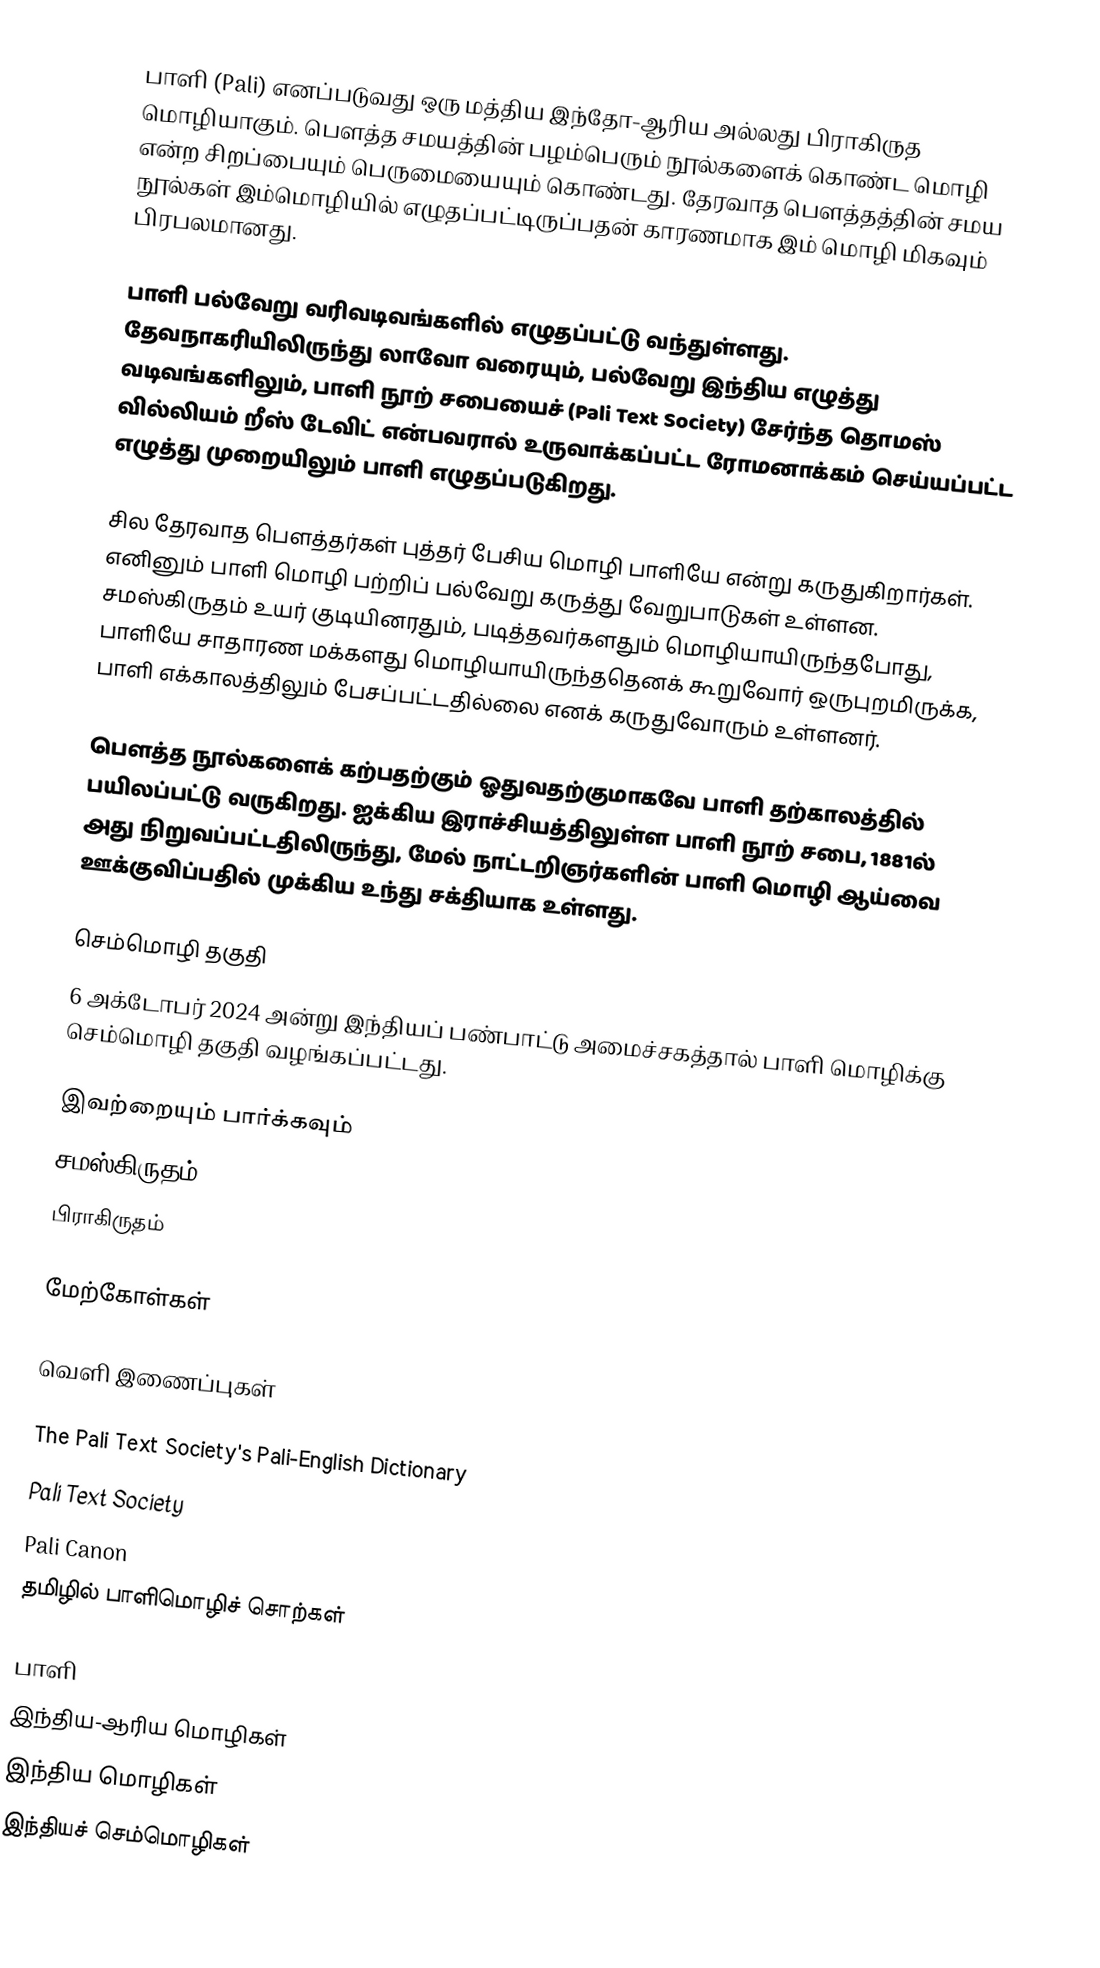
பாளி (Pali) எனப்படுவது ஒரு மத்திய இந்தோ-ஆரிய அல்லது பிராகிருத மொழியாகும். பௌத்த சமயத்தின் பழம்பெரும் நூல்களைக் கொண்ட மொழி என்ற சிறப்பையும் பெருமையையும் கொண்டது. தேரவாத பௌத்தத்தின் சமய நூல்கள் இம்மொழியில் எழுதப்பட்டிருப்பதன் காரணமாக இம் மொழி மிகவும் பிரபலமானது.

பாளி பல்வேறு வரிவடிவங்களில் எழுதப்பட்டு வந்துள்ளது. தேவநாகரியிலிருந்து லாவோ வரையும், பல்வேறு இந்திய எழுத்து வடிவங்களிலும், பாளி நூற் சபையைச் (Pali Text Society) சேர்ந்த தொமஸ் வில்லியம் றீஸ் டேவிட் என்பவரால் உருவாக்கப்பட்ட ரோமனாக்கம் செய்யப்பட்ட எழுத்து முறையிலும் பாளி எழுதப்படுகிறது.

சில தேரவாத பௌத்தர்கள் புத்தர் பேசிய மொழி பாளியே என்று கருதுகிறார்கள். எனினும் பாளி மொழி பற்றிப் பல்வேறு கருத்து வேறுபாடுகள் உள்ளன. சமஸ்கிருதம் உயர் குடியினரதும், படித்தவர்களதும் மொழியாயிருந்தபோது, பாளியே சாதாரண மக்களது மொழியாயிருந்ததெனக் கூறுவோர் ஒருபுறமிருக்க, பாளி எக்காலத்திலும் பேசப்பட்டதில்லை எனக் கருதுவோரும் உள்ளனர்.

பௌத்த நூல்களைக் கற்பதற்கும் ஓதுவதற்குமாகவே பாளி தற்காலத்தில் பயிலப்பட்டு வருகிறது. ஐக்கிய இராச்சியத்திலுள்ள பாளி நூற் சபை, 1881ல் அது நிறுவப்பட்டதிலிருந்து, மேல் நாட்டறிஞர்களின் பாளி மொழி ஆய்வை ஊக்குவிப்பதில் முக்கிய உந்து சக்தியாக உள்ளது.

செம்மொழி தகுதி
6 அக்டோபர் 2024 அன்று  இந்தியப் பண்பாட்டு அமைச்சகத்தால் பாளி மொழிக்கு செம்மொழி தகுதி வழங்கப்பட்டது.

இவற்றையும் பார்க்கவும்
 சமஸ்கிருதம்
 பிராகிருதம்

மேற்கோள்கள்

வெளி இணைப்புகள்

The Pali Text Society's Pali-English Dictionary
 Pali Text Society
 Pali Canon
 தமிழில் பாளிமொழிச் சொற்கள்

பாளி
இந்திய-ஆரிய மொழிகள்
இந்திய மொழிகள்
இந்தியச் செம்மொழிகள்